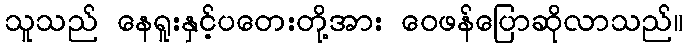
သူသည် နေရူးနှင့်ပတေးတို့အား ဝေဖန်ပြောဆိုလာသည်။